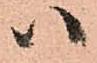
ハ